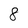
Character: 8